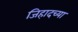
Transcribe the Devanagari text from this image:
जिहादच्या